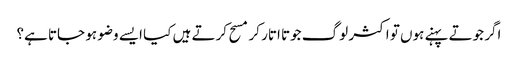
اگر جوتے پہنے ہوں تو اکثر لوگ جوتا اتار کر مسح کرتے ہیں کیا ایسے وضو ہو جاتا ہے؟